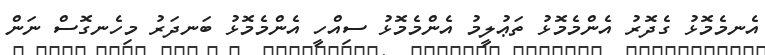
އެނމެމޮޅު ގެދޮރު އެންމެމޮޅު ތަޢުލީމު އެންމެމޮޅު ސިއްހީ އެންމެމޮޅު ބަނދަރު މިހެނގޮސް ނަން